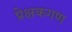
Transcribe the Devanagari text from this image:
प्रेक्षकगण